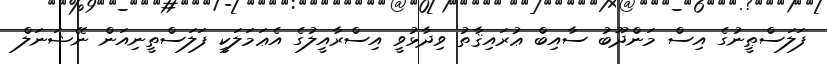
ފަލަސްޠީނުގެ އިސް މަންދޫބު ސާއިބް ޢުރައިޤާތު ވިދާޅުވީ އިސްރާއީލުގެ އެޢަމަލަކީ ފަލަސްތީނިއަން ނޭޝަނަލް